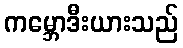
ကမ္ဘောဒီးယားသည်